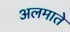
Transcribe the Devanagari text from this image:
अलमाते